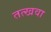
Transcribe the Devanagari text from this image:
तत्खवा